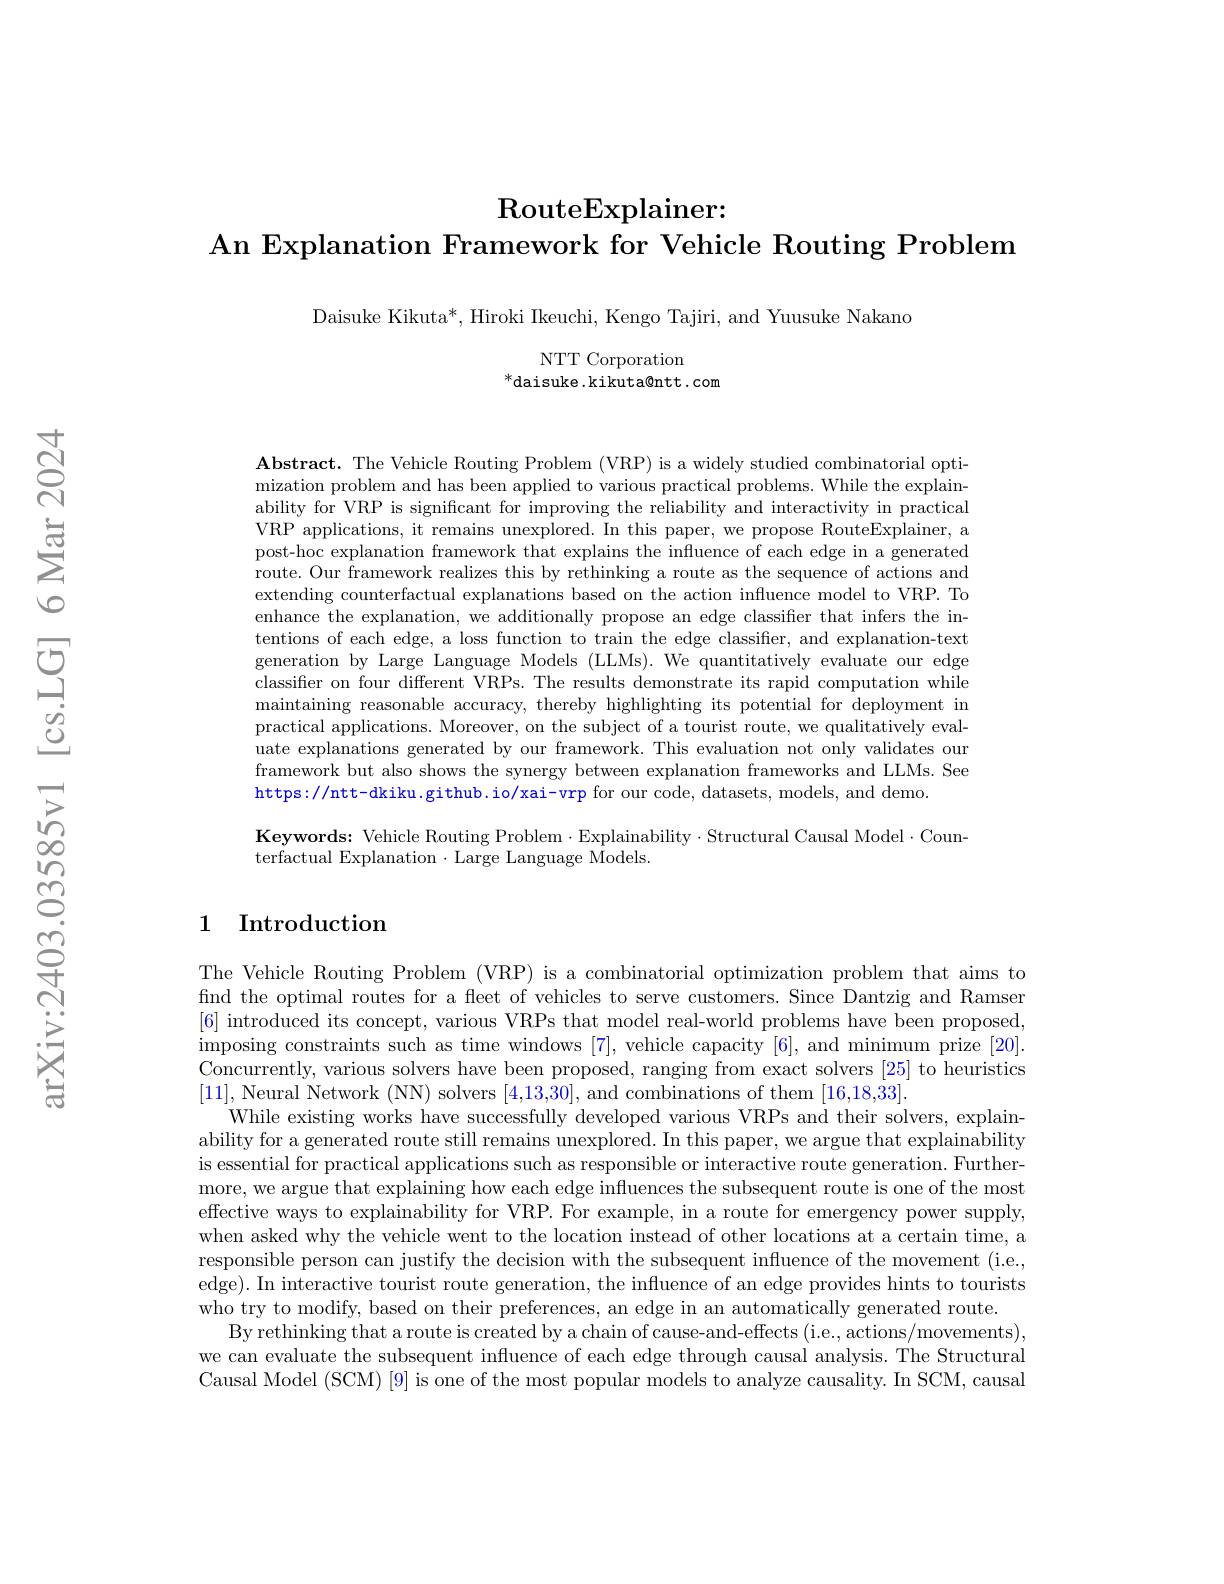
## $\operatorname{RouteExplainer:}$
An Explanation Framework for Vehicle Routing Problem

Daisuke Kikuta*, Hiroki Ikeuchi, Kengo Tajiri, and Yuusuke Nakano

NTT Corporation
$^*$daisuke.kikuta@ntt.com

$\textbf{Abstract. The Vehicle Routing Problem ( VRP) is a widely studied combinatorial opti- }$ mization problem and has been applied to various practical problems. While the explainability for VRP is significant for improving the reliability and interactivity in practical VRP applications, it remains unexplored. In this paper, we propose RouteExplainer, a post-hoc explanation framework that explains the influence of each edge in a generated route. Our framework realizes this by rethinking a route as the sequence of actions and extending counterfactual explanations based on the action influence model to VRP. To enhance the explanation, we additionally propose an edge classifier that infers the intentions of each edge, a loss function to train the edge classifier, and explanation-text generation by Large Language Models (LLMs).We quantitatively evaluate our edge classifier on four different VRPs. The results demonstrate its rapid computation while maintaining reasonable accuracy, thereby highlighting its potential for deployment in practical applications. Moreover, on the subject of a tourist route, we qualitatively evaluate explanations generated by our framework. This evaluation not only validates our framework but also shows the synergy between explanation frameworks and LLMs. See https://ntt-dkiku.github.io/xai-vrp for our code, datasets, models, and demo.
Keywords: Vehicle Routing Problem·Explainability·Structural Causal Model·Coun-
terfactual Explanation $\cdot$ Large Language Models.

### 1 Introduction

The Vehicle Routing Problem (VRP) is a combinatorial optimization problem that aims to find the optimal routes for a fleet of vehicles to serve customers. Since Dantzig and Ramser [6] introduced its concept, various VRPs that model real-world problems have been proposed, imposing constraints such as time windows [7],vehicle capacity [6], and minimum prize [20]. Concurrently, various solvers have been proposed, ranging from exact solvers [25] to heuristics [11], Neural Network (NN) solvers [4,13,30], and combinations of them [16,18,33].
While existing works have successfully developed various VRPs and their solvers, explainability for a generated route still remains unexplored. In this paper, we argue that explainability is essential for practical applications such as responsible or interactive route generation. Furthermore, we argue that explaining how each edge influences the subsequent route is one of the most effective ways to explainability for VRP. For example, in a route for emergency power supply, when asked why the vehicle went to the location instead of other locations at a certain time, a responsible person can justify the decision with the subsequent influence of the movement (i.e., edge). In interactive tourist route generation, the influence of an edge provides hints to tourists who try to modify, based on their preferences, an edge in an automatically generated route.
By rethinking that a route is created by a chain of cause-and-effects (i.e., actions/movements), we can evaluate the subsequent influence of each edge through causal analysis. The Structural Causal Model (SCM) [9] is one of the most popular models to analyze causality. In SCM, causal